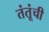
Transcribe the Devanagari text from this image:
तंतूंची